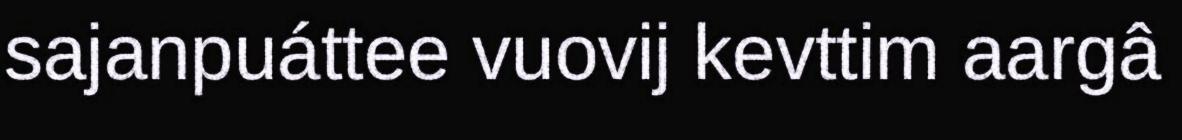
sajanpuáttee vuovij kevttim aargâ